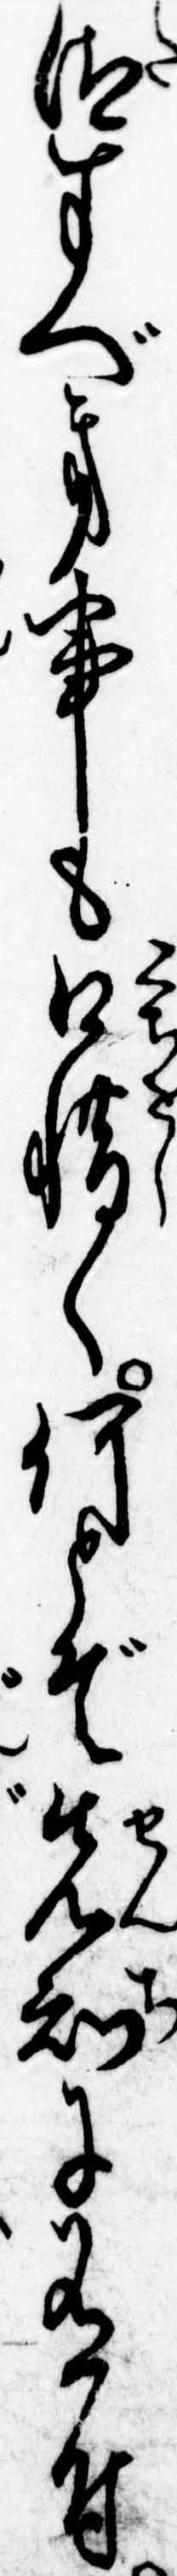
汰すべき事も口惜く何とぞ先知に有付